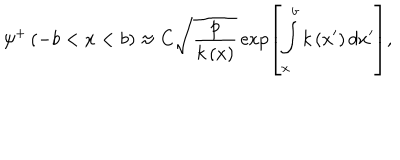
\psi ^ { + } \left( - b < x < b \right) \approx C \sqrt { \frac p { k \left( x \right) } } \exp \left[ \int _ { x } ^ { b } k \left( x ^ { \prime } \right) d x ^ { \prime } \right] ,